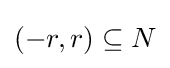
(-r,r)\subseteq N